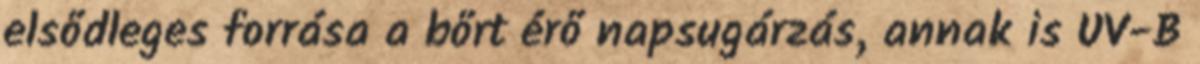
elsődleges forrása a bőrt érő napsugárzás, annak is UV-B